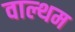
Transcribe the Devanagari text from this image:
वाल्थम